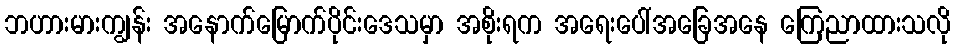
ဘဟားမားကျွန်း အနောက်မြောက်ပိုင်းဒေသမှာ အစိုးရက အရေးပေါ်အခြေအနေ ကြေညာထားသလို